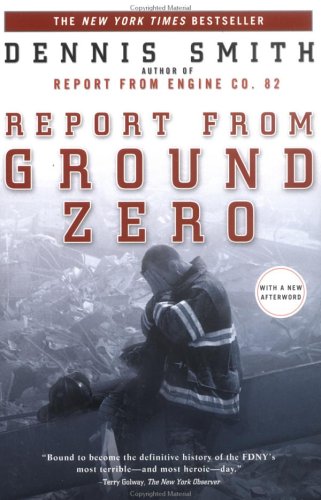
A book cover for Report from Ground Zero; Dennis Smith; Politics & Social Sciences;